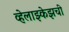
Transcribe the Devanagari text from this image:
व्हेलाझ्केझची